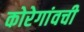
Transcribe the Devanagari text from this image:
कोरेगांवची